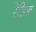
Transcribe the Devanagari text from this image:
रेडिफ़